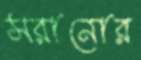
সরানোর